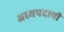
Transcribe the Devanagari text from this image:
अध्यपदाची